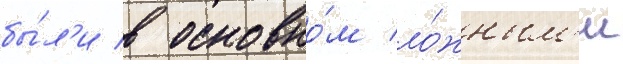
бы́л'и в основно́м ло́жным'и